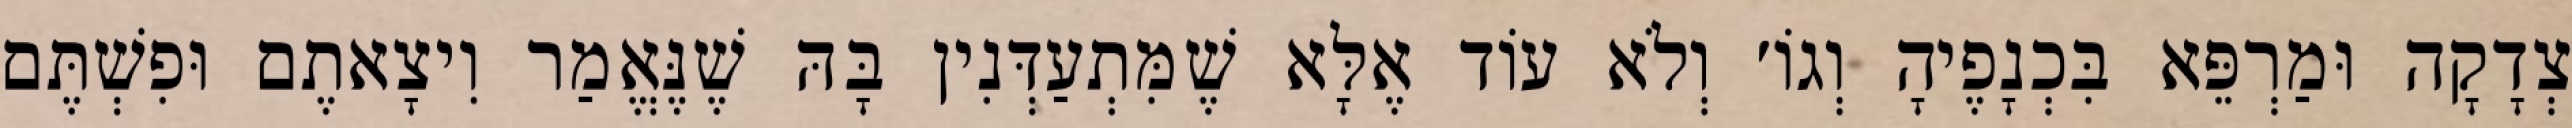
צְדָקָה וּמַרְפֵּא בִּכְנָפֶיהָ וְגוֹ׳ וְלֹא עוֹד אֶלָּא שֶׁמִּתְעַדְּנִין בָּהּ שֶׁנֶּאֱמַר וִיצָאתֶם וּפִשְׁתֶּם